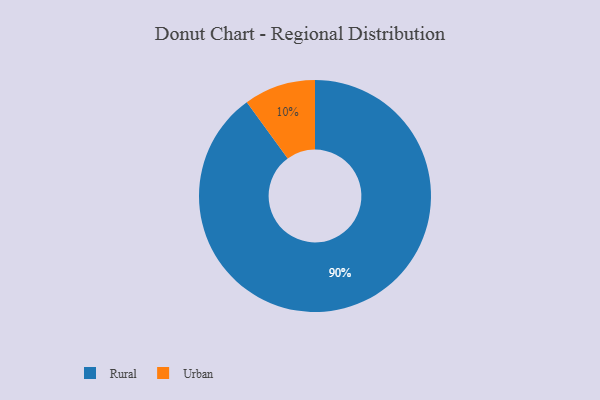
{"axis": {"x": "Category", "y": "Percentage"}, "legend": ["Rural", "Urban"], "data": [{"x": "Urban", "y": 10, "type": "Urban"}, {"x": "Rural", "y": 90, "type": "Rural"}]}